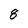
Character: 8